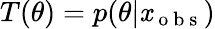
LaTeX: T(\theta)=p(\theta|\mathit{x}_{\mathrm{{~o~b~s~}}})